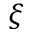
\xi